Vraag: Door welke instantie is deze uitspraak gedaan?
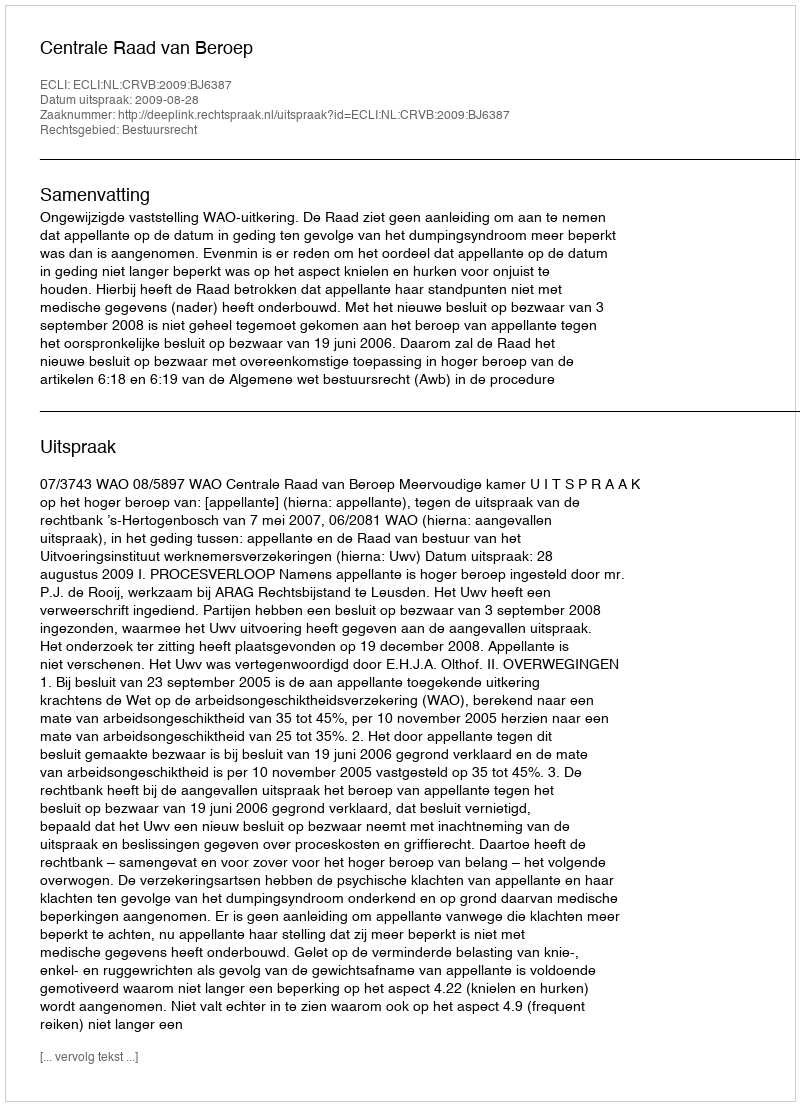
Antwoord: Centrale Raad van Beroep